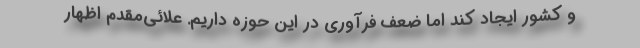
و کشور ایجاد کند اما ضعف فرآوری در این حوزه داریم. علائی‌مقدم اظهار